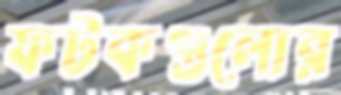
ফটকগুলোর